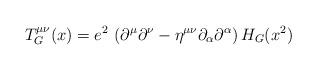
LaTeX: \begin{align*}T^{\mu\nu}_G (x) = e^2\,\left(\partial^{\mu}\partial^{\nu} -\eta^{\mu\nu}\partial_{\alpha}\partial^{\alpha}\right)H_G(x^2)\end{align*}